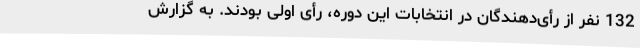
132 نفر از رأی‌دهندگان در انتخابات این دوره، رأی اولی بودند. به گزارش